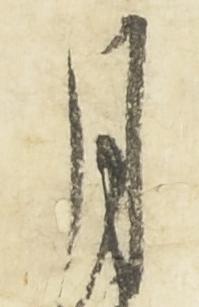
月